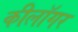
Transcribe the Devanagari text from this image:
कीलॉगर